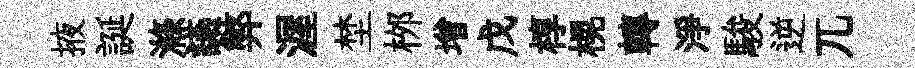
掖誕滌讌弊渥埜桞增戊椁榥轉淨駿逆兀